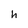
Character: h